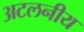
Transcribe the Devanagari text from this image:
अटलनीय